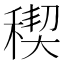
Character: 稧